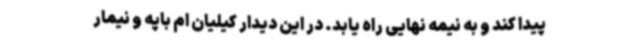
پیدا کند و به نیمه نهایی راه یابد. در این دیدار کیلیان ام باپه و نیمار